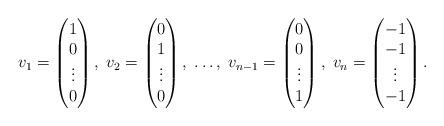
LaTeX: \begin{align*}v_1=\begin{pmatrix} 1 \\ 0 \\ \vdots \\ 0 \end{pmatrix},\;v_2=\begin{pmatrix} 0 \\ 1 \\ \vdots \\ 0 \end{pmatrix},\;\dots ,\;v_{n-1}=\begin{pmatrix} 0 \\ 0 \\ \vdots \\ 1 \end{pmatrix}, \;v_n=\begin{pmatrix} -1 \\ -1 \\ \vdots \\ -1 \end{pmatrix}.\end{align*}